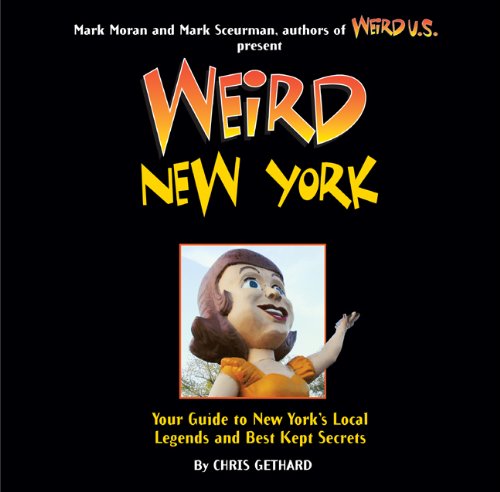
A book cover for Weird New York: Your Guide to New York's Local Legends and Best Kept Secrets; Chris Gethard; Humor & Entertainment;